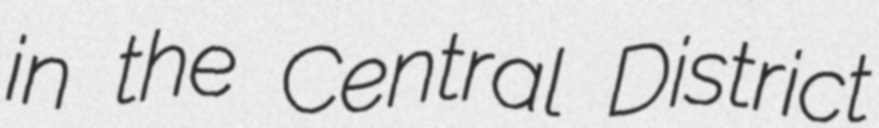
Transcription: in the Central District